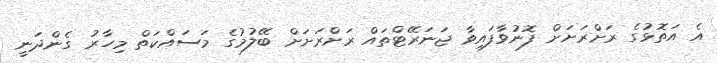
އެ އަތޮޅުގެ ރަށްރަށަށް ފޮނުވާފައިވާ ޖަނަރޭޓްތައް ރަށްރަަށަށް ބޭލުމުގެ މަސައްކަތް މިހާރު ގެންދަނީ